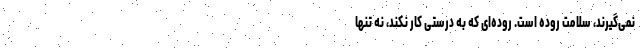
نمی‌گیرند، سلامت روده است. روده‌ای که به درستی کار نکند، نه تنها